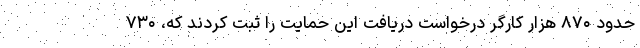
حدود ۸۷۰ هزار کارگر درخواست دریافت این حمایت را ثبت کردند که، ۷۳۰